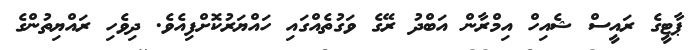
ޕާޓީގެ ރައީސް ޝެއިހް އިމްރާން އަބްދު ރޭގެ ވަގުތެއްގައި ހައްޔަރުކޮށްފިއެވެ. ދިވެހި ރައްޔިތުންގެ